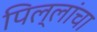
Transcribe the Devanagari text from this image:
पिल्लांचा